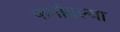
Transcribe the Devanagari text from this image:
फर्मावल्या